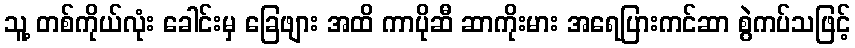
သူ့ တစ်ကိုယ်လုံး ခေါင်းမှ ခြေဖျား အထိ ကာပိုဆီ ဆာကိုးမား အရေပြားကင်ဆာ စွဲကပ်သဖြင့်